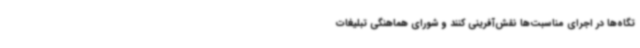
تگاه‌ها در اجرای مناسبت‌ها نقش‌آفرینی کنند و شورای هماهنگی تبلیغات